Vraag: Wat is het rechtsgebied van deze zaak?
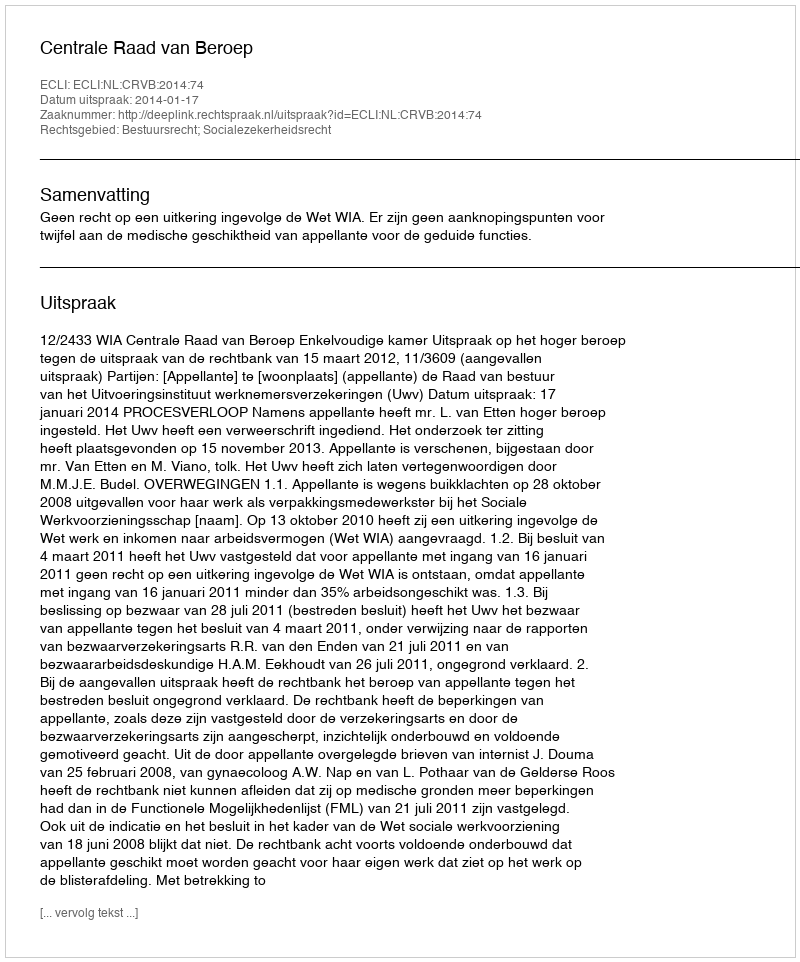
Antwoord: Bestuursrecht; Socialezekerheidsrecht